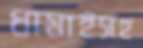
ধামাইসহ